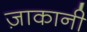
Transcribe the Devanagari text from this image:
ज़ाकानी